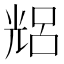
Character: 𠒦